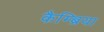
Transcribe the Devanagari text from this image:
कैम्ब्रिया